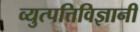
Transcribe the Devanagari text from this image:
व्युत्पत्तिविज्ञानी